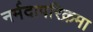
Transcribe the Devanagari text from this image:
नर्मदापरिक्रमा